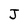
Character: J